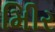
મીિર